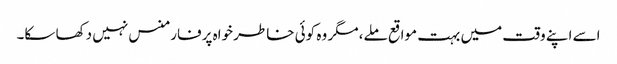
اسے اپنے وقت میں بہت مواقع ملے، مگر وہ کوئی خاطر خواہ پرفارمنس نہیں دکھا سکا۔